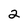
Character: 2